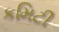
કમિટી